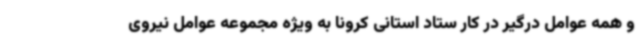
و همه عوامل درگیر در کار ستاد استانی کرونا به ویژه مجموعه عوامل نیروی